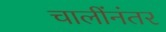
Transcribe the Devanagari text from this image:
चालींनंतर